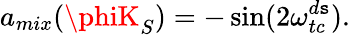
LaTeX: a_{mix}(\phiK_{S})=-\sin(2\omega_{tc}^{d\mathtt{s}}).